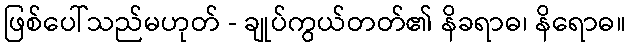
ဖြစ်ပေါ်သည်မဟုတ် - ချုပ်ကွယ်တတ်၏ နိခရာဓ၊ နိရောဓ။